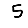
Digit: 5